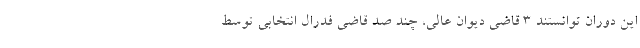
این دوران توانستند 3 قاضی دیوان عالی، چند صد قاضی فدرال انتخابی توسط